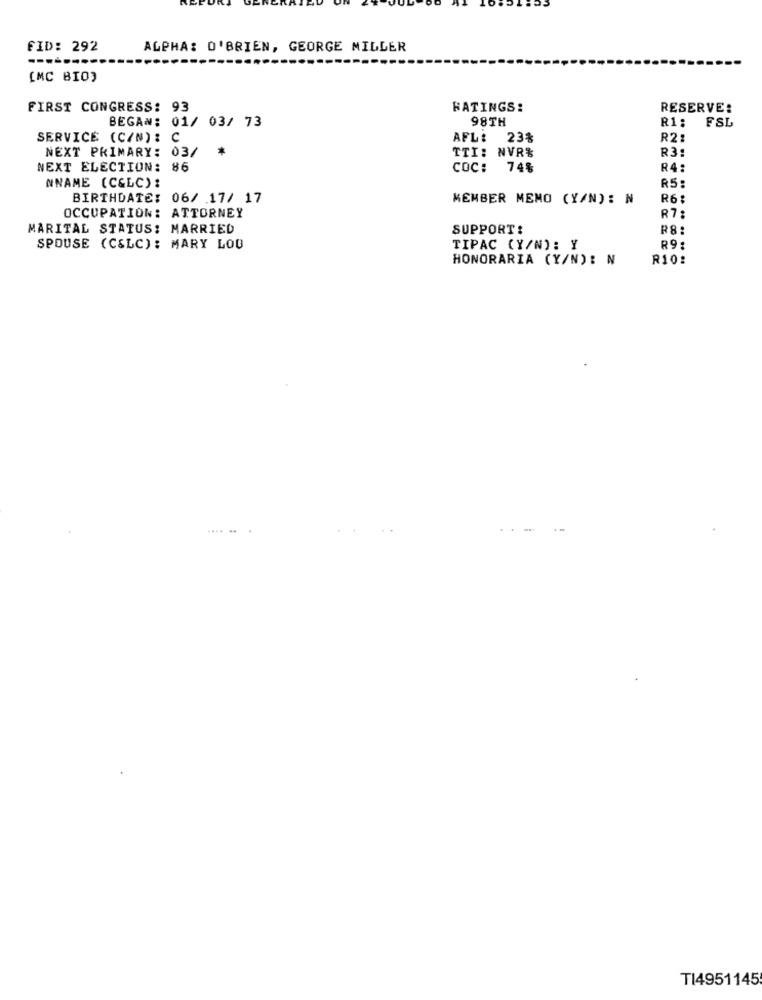
FID: 292
ALPHA: O'BRIEN, GEORGE MILLER
[MC BIO)
FIRST CONGRESS: 93
HATINGS:
RESERVE:
BEGAN: 01/ 03/ 73
98TH
R1:
FSL
SERVICE (CAN) : C
AFL: 23%
R2:
NEXT PRIMARY: 03/
TTI: NVR%
R3:
NEXT ELECTION: 86
COC: 74%
R4:
NNAME (C&LC) :
R5:
BIRTHDATE: 06/ 17/ 17
MEMBER MEMO (Y/N): N
R6:
OCCUPATION: ATTORNEY
R7:
MARITAL STATUS: MARRIED
SUPPORT:
R8:
SPOUSE (CSLC): MARY LOU
TIPAC (Y/N): Y
R9:
HONORARIA (Y/N): N
R10:
.... ..
T14951145